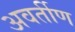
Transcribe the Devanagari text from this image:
अवर्तीण